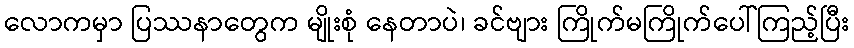
လောကမှာ ပြဿနာတွေက မျိုးစုံ နေတာပဲ၊ ခင်ဗျား ကြိုက်မကြိုက်ပေါ်ကြည့်ပြီး